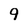
Character: 9